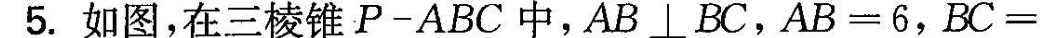
5.如图，在三棱锥P——ABC中，AB\bot BC，$$A B = 6$$，$$B C =